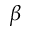
\beta